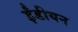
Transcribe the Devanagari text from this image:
ईंडीयन